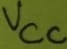
Text: VCC